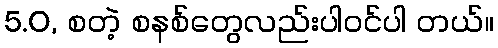
5.0, စတဲ့ စနစ်တွေလည်းပါဝင်ပါ တယ်။